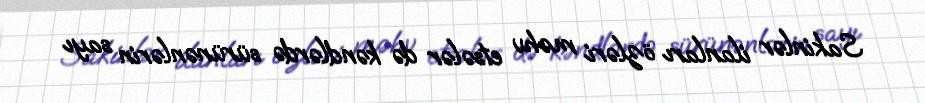
Sakinlər ilanları özləri məhv etsələr də kəndlərdə sürünənlərin sayı